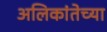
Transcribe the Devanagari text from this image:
अलिकांतेच्या